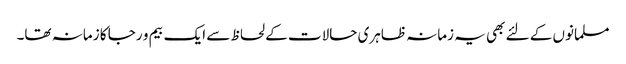
مسلمانوں کے لئے بھی یہ زمانہ ظاہری حالات کے لحاظ سے ایک بیم و رجا کا زمانہ تھا۔